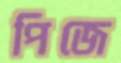
পিজে